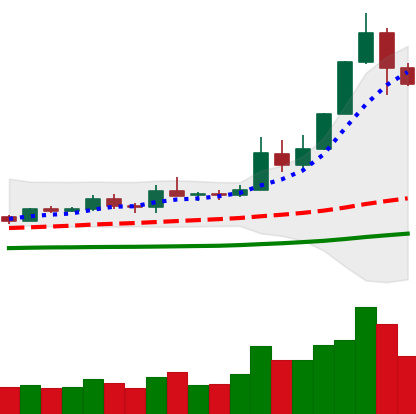
Ticker: ETH-USD
Chart end date: 2019-05-18
Forward return: 4.847%
Label: up_3_5